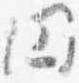
円